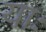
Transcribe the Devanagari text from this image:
याः